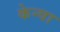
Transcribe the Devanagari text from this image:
केन्वा